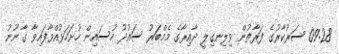
09:28 ސަރުކާރުގެ ފަރާތުން ވިލިނގިލީ ދާއިރާގެ މެމްބަރު ސައުދު ހުސައިން ހުށަހަޅުއްވާފައިވާ ގާނޫނު